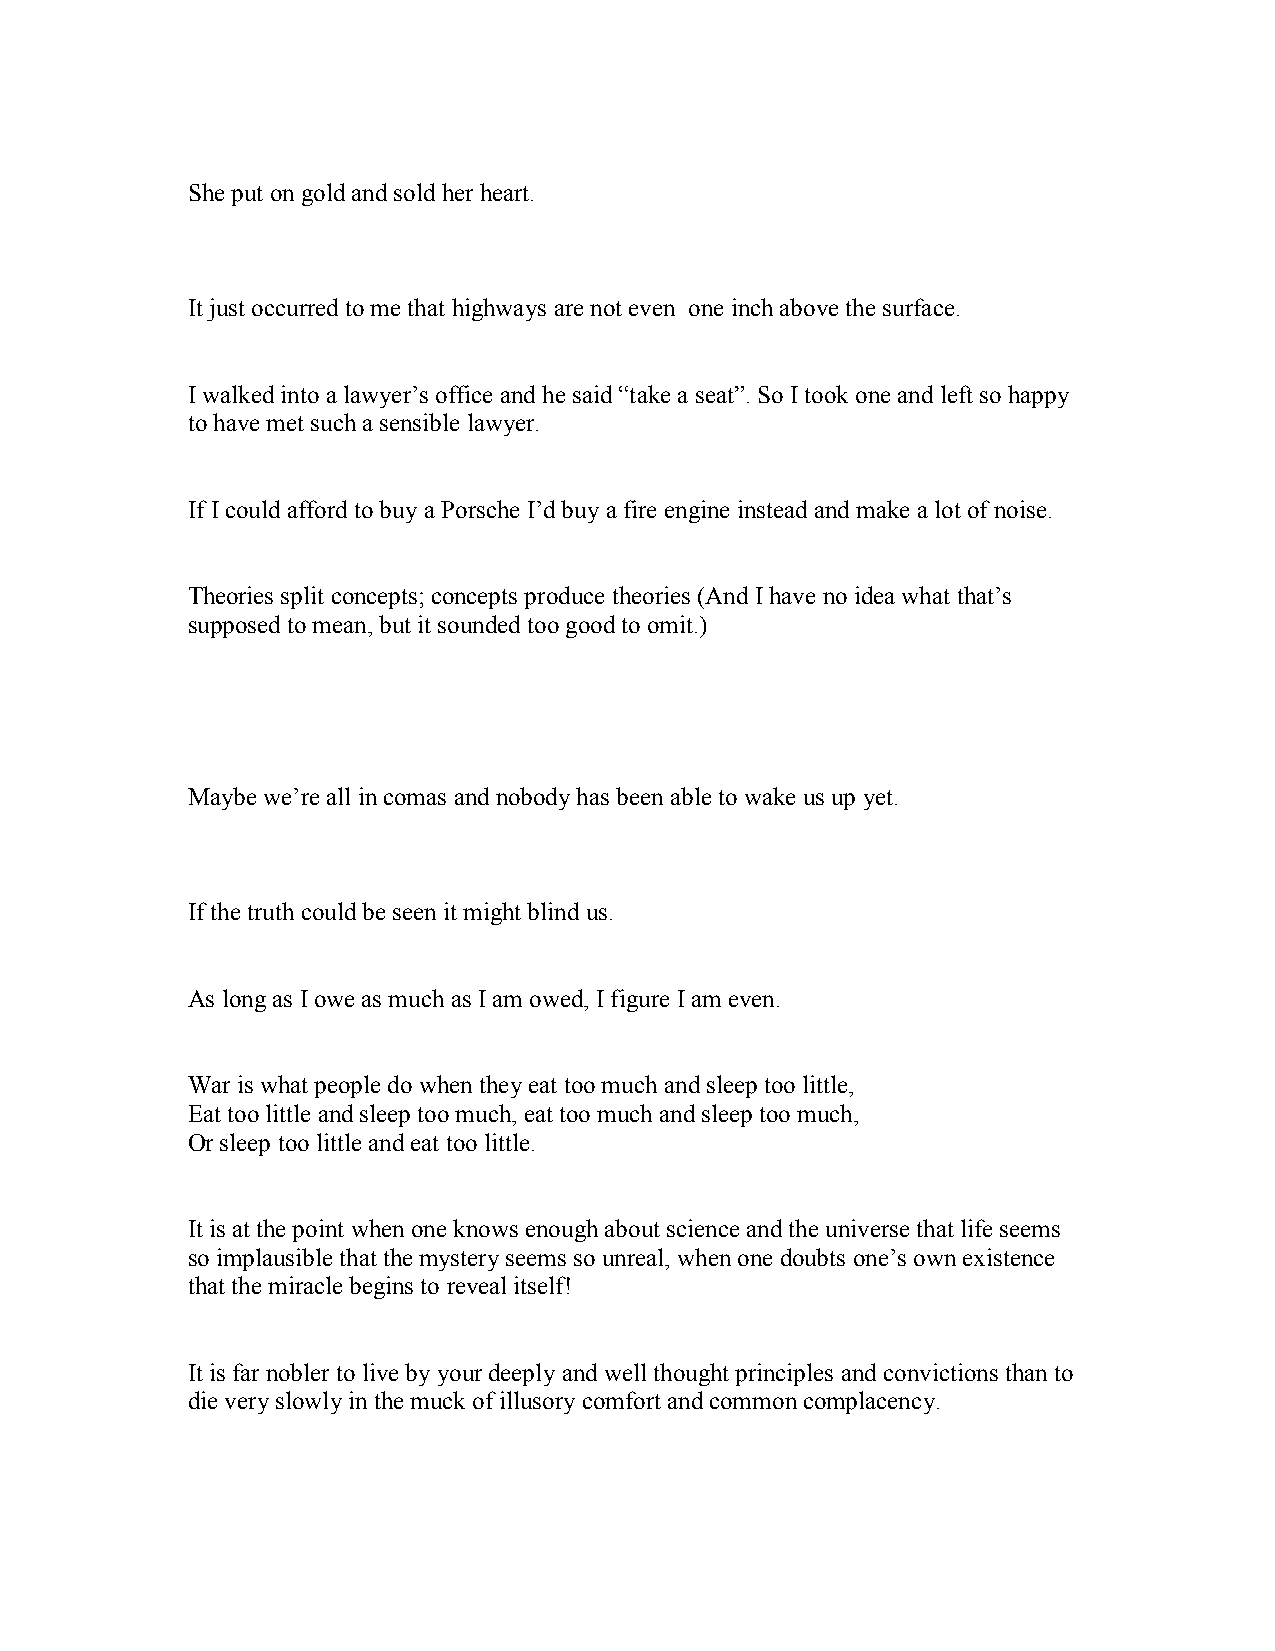
She put on gold and sold her heart.
 It just occurred to me that highways are not even one inch above the surface.
 I walked into a lawyer’s office and he said “take a seat”. So I took one and left so happy
 to have met such a sensible lawyer.
 If I could afford to buy a Porsche I’d buy a fire engine instead and make a lot of noise.
 Theories split concepts; concepts produce theories (And I have no idea what that’s
 supposed to mean, but it sounded too good to omit.)
 Maybe we’re all in comas and nobody has been able to wake us up yet.
 If the truth could be seen it might blind us.
 As long as I owe as much as I am owed, I figure I am even.
 War is what people do when they eat too much and sleep too little,
 Eat too little and sleep too much, eat too much and sleep too much,
 Or sleep too little and eat too little.
 It is at the point when one knows enough about science and the universe that life seems
 so implausible that the mystery seems so unreal, when one doubts one’s own existence
 that the miracle begins to reveal itself!
 It is far nobler to live by your deeply and well thought principles and convictions than to
 die very slowly in the muck of illusory comfort and common complacency.